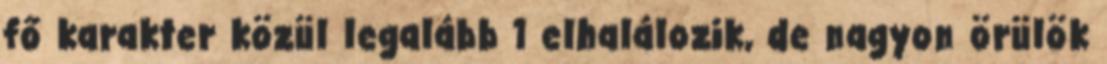
fő karakter közül legalább 1 elhalálozik, de nagyon örülök